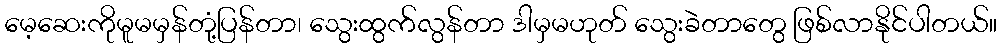
မေ့ဆေးကိုမူမမှန်တုံ့ပြန်တာ၊ သွေးထွက်လွန်တာ ဒါမှမဟုတ် သွေးခဲတာတွေ ဖြစ်လာနိုင်ပါတယ်။